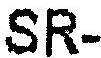
SR-